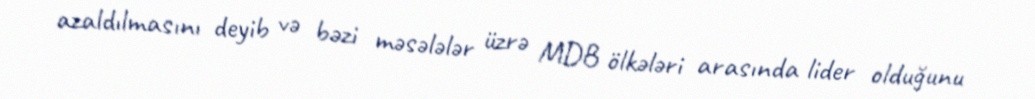
azaldılmasını deyib və bəzi məsələlər üzrə MDB ölkələri arasında lider olduğunu